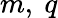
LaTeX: m,\ q